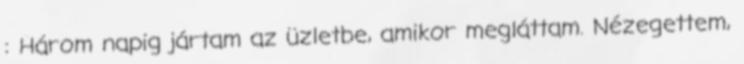
: Három napig jártam az üzletbe, amikor megláttam. Nézegettem,